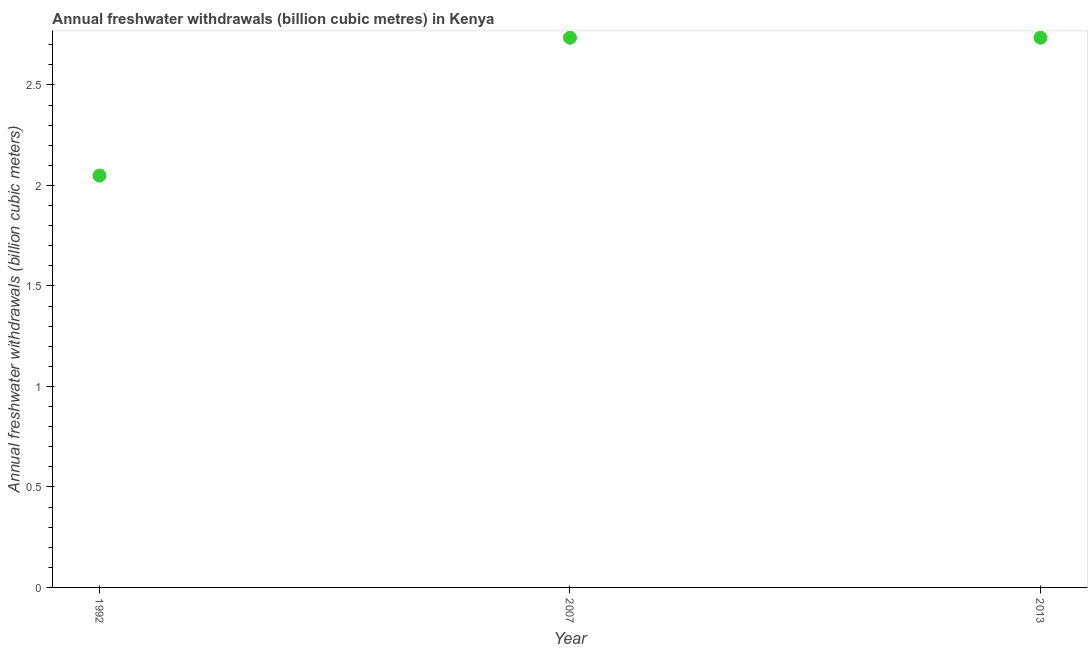
| Year | Annual freshwater withdrawals |
 | --- | --- |
 | 1992 | 2.05 |
 | 2007 | 2.73 |
 | 2013 | 2.73 |